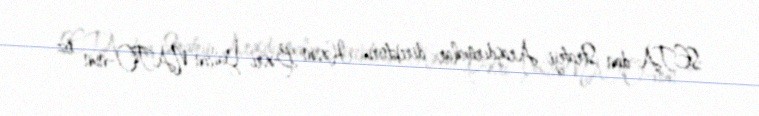
SETA-dan Strateji Araşdırmalar direktoru Həsən Bəsri Yalçın NATO-nun öz